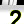
Digit: 2